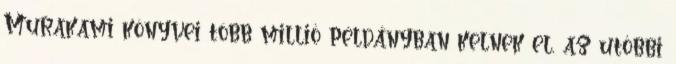
Murakami könyvei több millió példányban kelnek el, az utóbbi